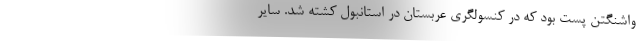
واشنگتن پست بود که در کنسولگری عربستان در استانبول کشته شد. سایر